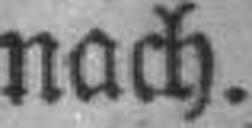
nach.